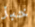
خبز